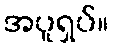
အပူရှပ်။